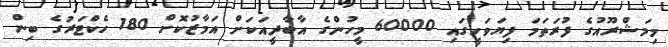
މިމަޝްރޫއުގެ ފުރަތަމަ ފިޔަވަހީގައި 60000 މީހުންގެ އާބާދީއަކަށް އަމާޒުކޮށް 180 ހެކްޓަރުގެ ބިން